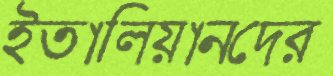
ইতালিয়ানদের